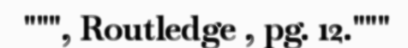
""", Routledge , pg. 12."""